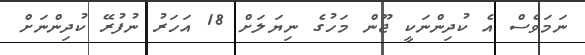
ނަމަވެސް އެ ކުދިންނަކީ ޖޫން މަހުގެ ނިޔަލަށް 18 އަހަރު ނުފުރޭ ކުދިންނަށް